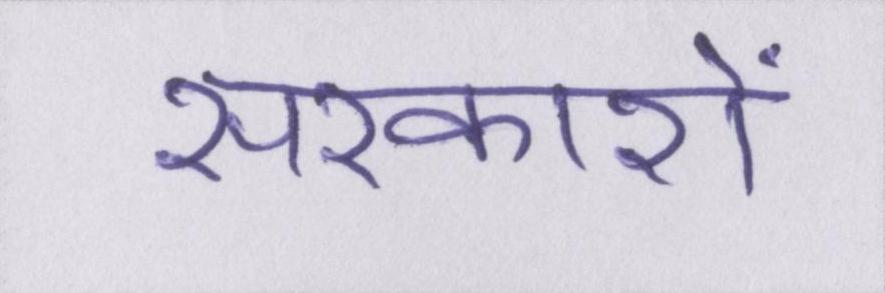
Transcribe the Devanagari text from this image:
सरकारों